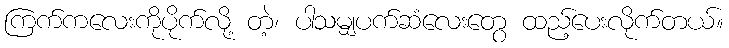
ကြက်ကလေးကိုပိုက်လို့ တဲ့၊ ပါသမျှပက်ဆံလေးတွေ ထည့်ပေးလိုက်တယ်။